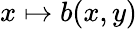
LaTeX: x\mapsto b(x,y)